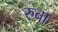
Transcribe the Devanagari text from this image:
रुबा